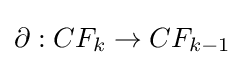
\partial :CF_{k}\to CF_{k-1}